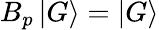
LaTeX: B_{p}\mathinner{|{G}\rangle}=\mathinner{|{G}\rangle}